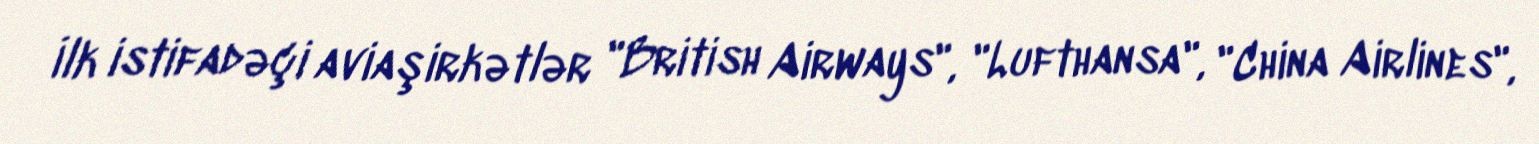
İlk istifadəçi aviaşirkətlər "British Airways", "Lufthansa", "China Airlines",